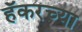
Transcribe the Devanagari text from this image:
हॅकरच्या